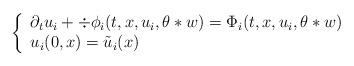
\begin{align*} \left\{ \begin{array}{l} \partial_t u_i + \div \phi_i (t,x,u_i, \theta * w) = \Phi_i (t, x, u_i, \theta*w) \\ u_i (0,x) = \tilde u_i (x) \end{array} \right.\end{align*}